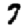
Digit: 7